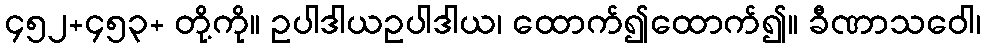
၄၅၂+၄၅၃+ တို့ကို။ ဥပါဒါယဥပါဒါယ၊ ထောက်၍ထောက်၍။ ခီဏာသဝေါ၊